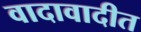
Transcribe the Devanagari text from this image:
वादावादीत